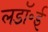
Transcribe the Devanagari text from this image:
लडॉ॰ई